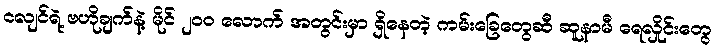
ငလျင်ရဲ့ ဗဟိုချက်နဲ့ မိုင် ၂၀၀ လောက် အတွင်းမှာ ရှိနေတဲ့ ကမ်းခြေတွေဆီ ဆူနာမီ ရေလှိုင်းတွေ